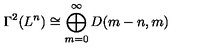
\Gamma ^ { 2 } ( L ^ { n } ) \cong \bigoplus _ { m = 0 } ^ { \infty } D ( m - n , m )